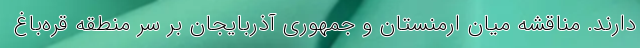
دارند. مناقشه میان ارمنستان و جمهوری آذربایجان بر سر منطقه قره‌باغ